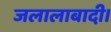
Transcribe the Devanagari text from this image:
जलालाबादी।